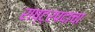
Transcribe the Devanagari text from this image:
राष्ट्रपदाचा